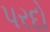
પરદો